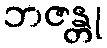
ဘဇန္တု